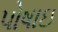
પોષાઇ